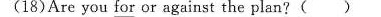
(18)Are you for or against the plan?( )